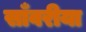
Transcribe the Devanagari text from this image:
साँवरीया